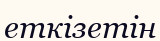
еткізетін